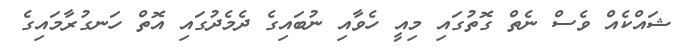
ޝައްކެއް ވެސް ނެތް ގޮތުގައި މިއީ ހެވާއި ނުބައިގެ ދެމެދުގައި އޮތް ހަނގުރާމައިގެ